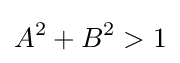
A^{2}+B^{2}>1